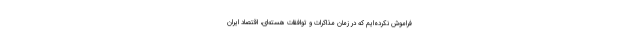
فراموش نکرده‌ایم که در زمان مذاکرات و توافقات هسته‌ای، اقتصاد ایران